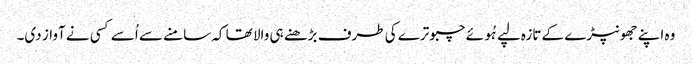
وہ اپنے جھونپڑے کے تازہ لپے ہُوئے چبوترے کی طرف بڑھنے ہی والا تھا کہ سامنے سے اُسے کسی نے آواز دی۔